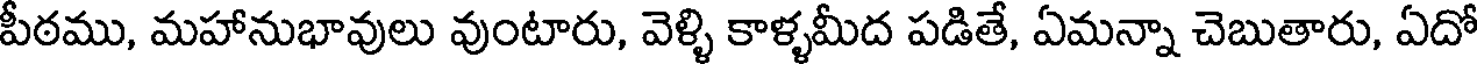
పీఠము, మహానుభావులు వుంటారు, వెళ్ళి కాళ్ళమీద పడితే, ఏమన్నా చెబుతారు, ఏదో